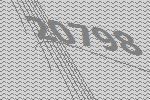
20798